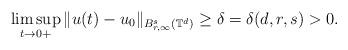
LaTeX: \begin{align*}\limsup_{t\to 0+} \| u(t) - u_0\|_{B^s_{r,\infty}(\mathbb T^d)} \ge \delta=\delta(d,r,s)>0.\end{align*}